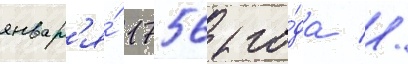
январ'я́ 1756 го́да //